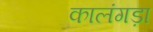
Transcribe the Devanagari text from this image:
कालंगड़ा